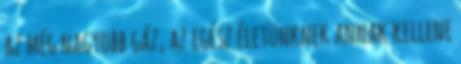
az még nagyobb gáz, az egész életünknek annak kellene